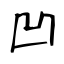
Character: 凹